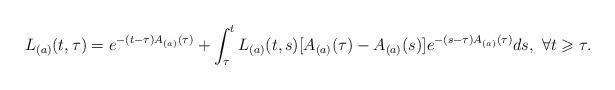
LaTeX: \begin{align*}L_{(a)}(t,\tau) = e^{-(t-\tau)A_{(a)}(\tau)} + \int_{\tau}^{t}L_{(a)}(t,s)[A_{(a)}(\tau) -A_{(a)}(s)]e^{-(s-\tau)A_{(a)}(\tau)}ds,\ \forall t\geqslant\tau.\end{align*}